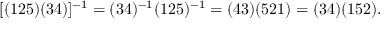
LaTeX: [ ( 1 2 5 ) ( 3 4 ) ] ^ { - 1 } = ( 3 4 ) ^ { - 1 } ( 1 2 5 ) ^ { - 1 } = ( 4 3 ) ( 5 2 1 ) = ( 3 4 ) ( 1 5 2 ) .